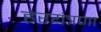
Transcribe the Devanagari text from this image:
हेरयंत्रणा